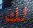
لك